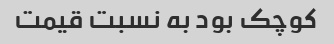
کوچک بود به نسبت قیمت